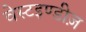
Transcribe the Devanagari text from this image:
वेस्टइण्डीज़